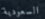
السعودية